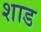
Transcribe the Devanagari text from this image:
शाड